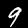
Label: 9